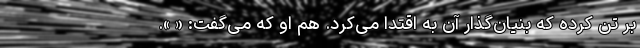
بر تن کرده که بنیان‌گذار آن به اقتدا می‌کرد. هم او که می‌گفت: « ».